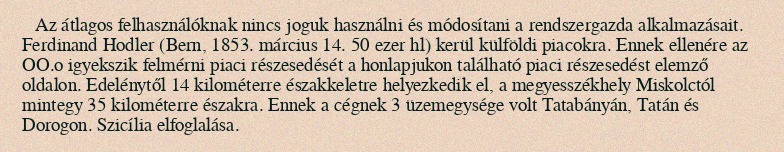
Az átlagos felhasználóknak nincs joguk használni és módosítani a rendszergazda alkalmazásait. Ferdinand Hodler (Bern, 1853. március 14. 50 ezer hl) kerül külföldi piacokra. Ennek ellenére az OO.o igyekszik felmérni piaci részesedését a honlapjukon található piaci részesedést elemző oldalon. Edelénytől 14 kilométerre északkeletre helyezkedik el, a megyesszékhely Miskolctól mintegy 35 kilométerre északra. Ennek a cégnek 3 üzemegysége volt Tatabányán, Tatán és Dorogon. Szicília elfoglalása.